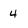
Character: 4